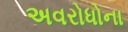
અવરોધોના